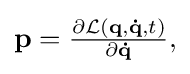
{\textstyle \mathbf {p} ={\frac {\partial {\mathcal {L}}(\mathbf {q} ,\mathbf {\dot {q}} ,t)}{\partial \mathbf {\dot {q}} }},}